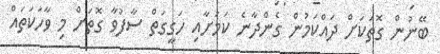
ބޭނުން ގޮތަކަށް ދައްކަމުން ގެންދާނެ ކަމަށާއި ހަގީގަތް ސާފުވާ ގޮތަށް މި ވާހަކަތައް